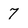
Character: 7